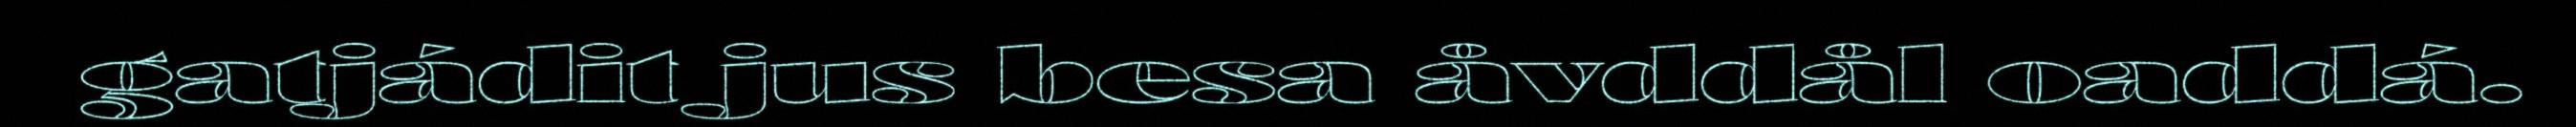
gatjádit jus besa åvddål oaddá.